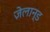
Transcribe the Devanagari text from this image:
ज़ेलान्ड